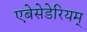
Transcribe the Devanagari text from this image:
एबेसेडेरियम्